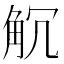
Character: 𧣍